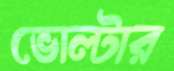
ভোল্টার